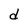
Character: d